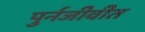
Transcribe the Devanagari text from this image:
पुर्नजीवीत